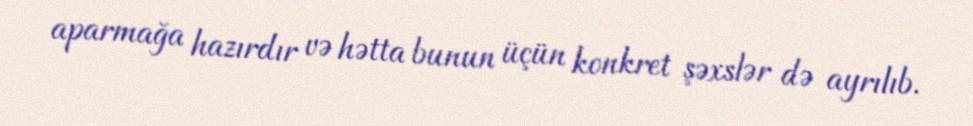
aparmağa hazırdır və hətta bunun üçün konkret şəxslər də ayrılıb.